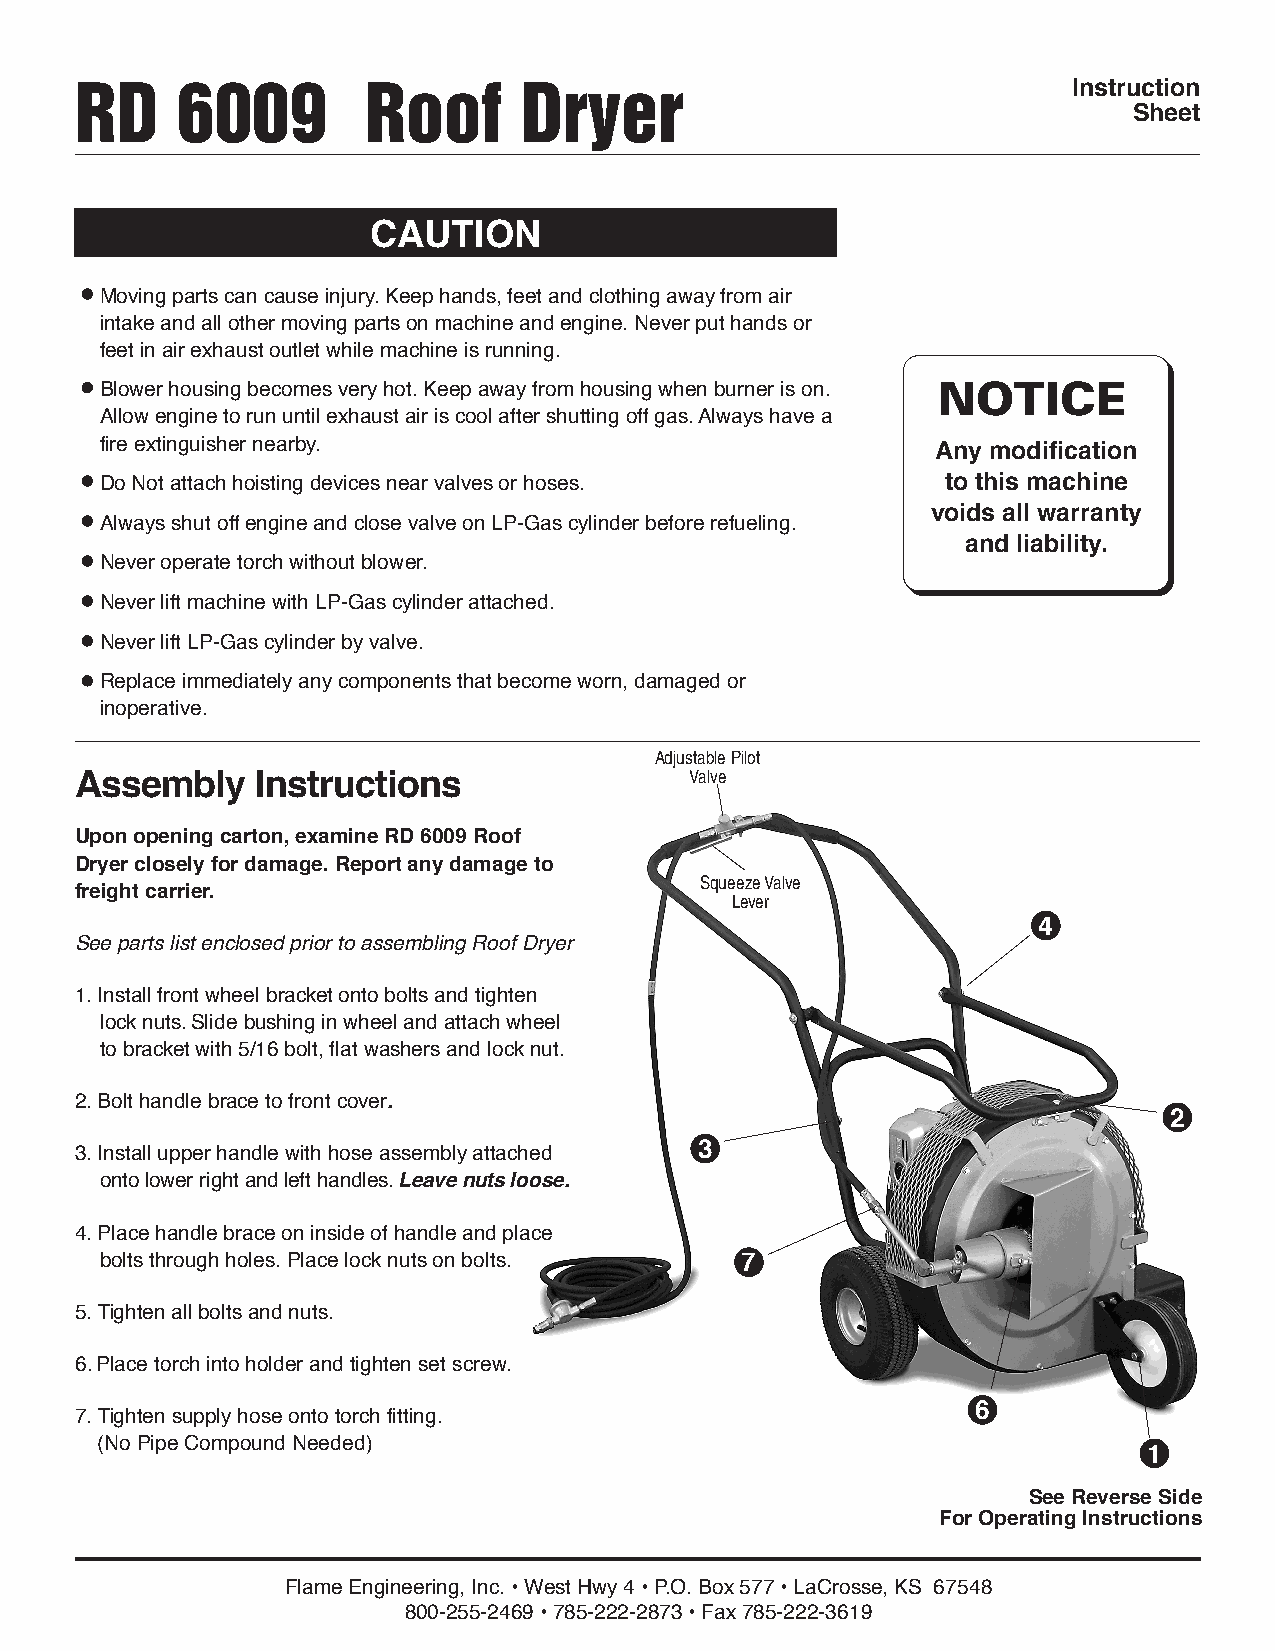
RD     6009        Roof      Dryer                                Instruction
 Sheet
 CAUTION
 Moving parts can cause injury. Keep hands, feet and clothing away from air
 intake and all other moving parts on machine and engine. Never put hands or
 feet in air exhaust outlet while machine is running.
 NOTICE
 Blower housing becomes very hot. Keep away from housing when burner is on.
 Allow engine to run until exhaust air is cool after shutting off gas. Always have a
 fire extinguisher nearby.                              Any modification
 Do Not attach hoisting devices near valves or hoses.    to this machine
 voids all warranty
 Always shut off engine and close valve on LP-Gas cylinder before refueling.
 and liability.
 Never operate torch without blower.
 Never lift machine with LP-Gas cylinder attached.
 Never lift LP-Gas cylinder by valve.
 Replace immediately any components that become worn, damaged or
 inoperative.
 Adjustable Pilot
 Valve
 Assembly    Instructions
 Upon opening carton, examine RD 6009 Roof
 Dryer closely for damage. Report any damage to
 Squeeze Valve
 freight carrier.
 Lever
 4
 See parts list enclosed prior to assembling Roof Dryer
 1. Install front wheel bracket onto bolts and tighten
 lock nuts. Slide bushing in wheel and attach wheel
 to bracket with 5/16 bolt, flat washers and lock nut.
 2. Bolt handle brace to front cover.
 2
 3. Install upper handle with hose assembly attached 3
 onto lower right and left handles. Leave nuts loose.
 4. Place handle brace on inside of handle and place
 bolts through holes. Place lock nuts on bolts. 7
 5. Tighten all bolts and nuts.
 6. Place torch into holder and tighten set screw.
 6
 7. Tighten supply hose onto torch fitting.
 (No Pipe Compound Needed)
 1
 See Reverse Side
 For Operating Instructions
 Flame Engineering, Inc. • West Hwy 4 • P.O. Box 577 • LaCrosse, KS 67548
 800-255-2469 • 785-222-2873 • Fax 785-222-3619